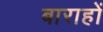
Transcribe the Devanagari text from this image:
बाराहों